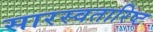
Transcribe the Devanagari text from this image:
सारस्वतारिष्ट